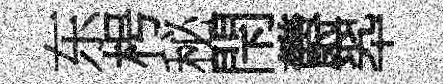
东枵秘閇欝翆